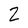
Character: 2